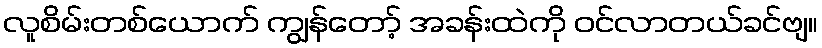
လူစိမ်းတစ်ယောက် ကျွန်တော့် အခန်းထဲကို ဝင်လာတယ်ခင်ဗျ။